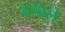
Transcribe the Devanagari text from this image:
बांधेले